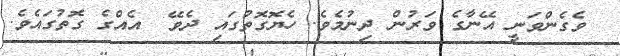
ވެގެންވަނީ އޭނާގެ ވަރުން ދިނުމެވެ. ހެޔޮގޮތުގައި ދެވޭ  އެއްގެ ގޮތުގައެވެ.